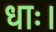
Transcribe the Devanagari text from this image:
धाः।